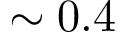
\sim 0 . 4